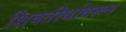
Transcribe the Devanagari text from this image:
शिवतीर्थावरून